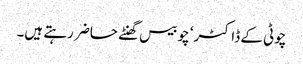
چوٹی کے ڈاکٹر‘ چوبیس گھنٹے حاضر رہتے ہیں۔